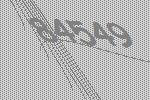
84549